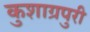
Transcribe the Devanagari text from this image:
कुशाग्रपुरी